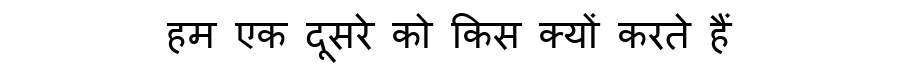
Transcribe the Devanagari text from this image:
हम एक दूसरे को किस क्यों करते हैं